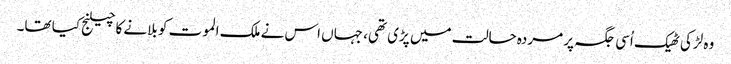
وہ لڑکی ٹھیک اُسی جگہ پر مردہ حالت میں پڑی تھی، جہاں اس نے ملک الموت کو بلانے کا چیلنج کیا تھا۔